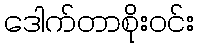
ဒေါက်တာစိုးဝင်း